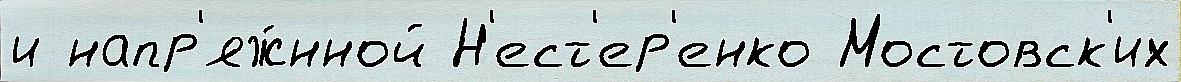
и напр'яж́нной Н'ест'ер'енко Мостовск'их